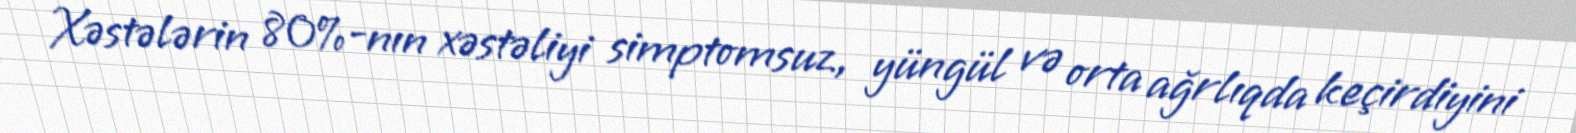
Xəstələrin 80%-nın xəstəliyi simptomsuz, yüngül və orta ağrlıqda keçirdiyini